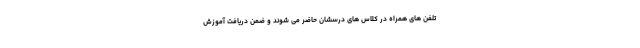
تلفن های همراه در کلاس های درسشان حاضر می شوند و ضمن دریافت آموزش